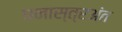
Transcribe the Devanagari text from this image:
घनास्त्रअंत